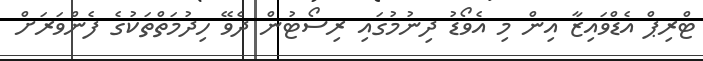
ޓްރިޕް އެޑްވައިޒާ އިން މި އެވޯޑު ދިނުމުގައި ރިސޯޓުން ދެވޭ ހިދުމަތްތަކުގެ ފެންވަރަށް